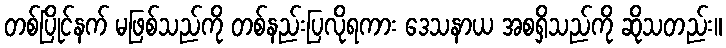
တစ်ပြိုင်နက် မဖြစ်သည်ကို တစ်နည်းပြလိုရကား ဒေသနာယ အစရှိသည်ကို ဆိုသတည်း။